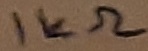
Text: 1KΩ